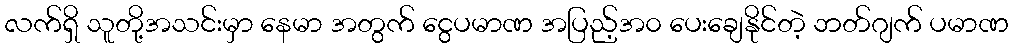
လက်ရှိ သူတို့အသင်းမှာ နေမာ အတွက် ငွေပမာဏ အပြည့်အ၀ ပေးချေနိုင်တဲ့ ဘတ်ဂျက် ပမာဏ